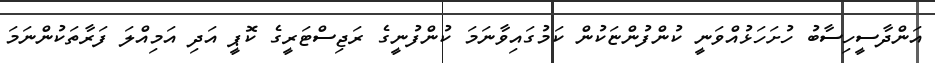
އަންދާސީހިސާބު ހުށަހަޅުއްވަނީ ކުންފުންޏަކުން ކަމުގައިވާނަމަ ކުންފުނީގެ ރަޖިސްޓަރީގެ ކޮޕީ އަދި އަމިއްލަ ފަރާތަކުންނަމަ